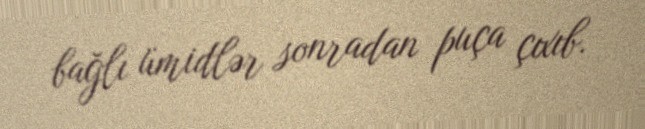
bağlı ümidlər sonradan puça çıxıb.